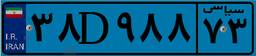
۲۴D۵۸۷۳۴